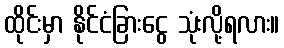
ထိုင်းမှာ နိုင်ငံခြားငွေ သုံးလို့ရလား။